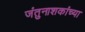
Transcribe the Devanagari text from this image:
जंतुनाशकांच्या